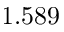
1 . 5 8 9